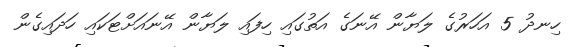
ހިނދު 5 އަހަރުގެ ލަޔާން އޭނަގެ އަތުގައި ހިފައި ލަޔާން އޭނައަށްޓަކައި ހަދައިގެން